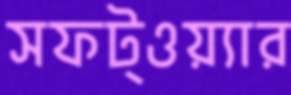
সফট্ওয়্যার